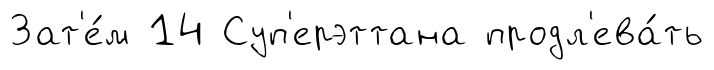
Зат'е́м 14 Суп'ерэттана продл'ева́ть